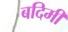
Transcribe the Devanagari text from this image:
बदिमी